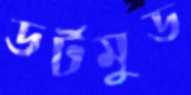
ডর্টমুড